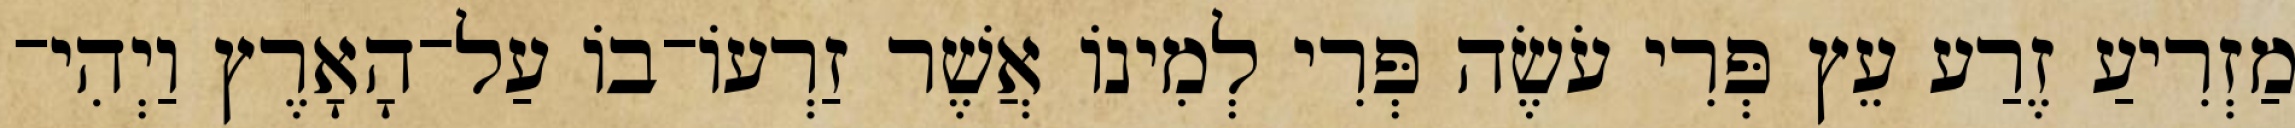
מַזְרִיעַ זֶרַע עֵץ פְּרִי עֹשֶׂה פְּרִי לְמִינֹו אֲשֶׁר זַרְעֹו־בֹו עַל־הָאָרֶץ וַיְהִי־